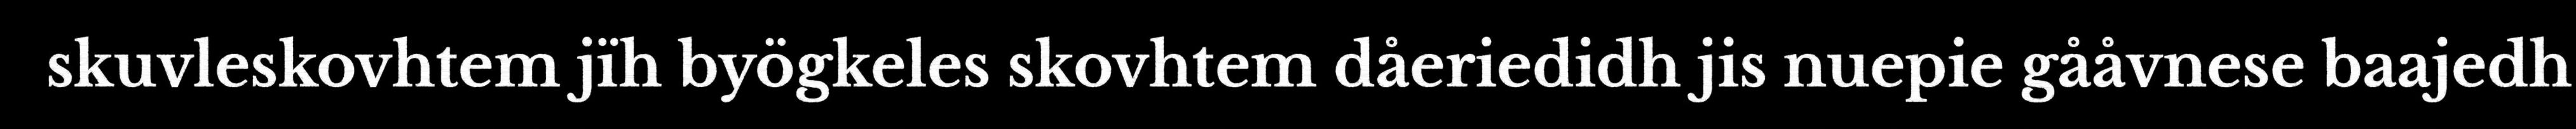
skuvleskovhtem jïh byögkeles skovhtem dåeriedidh jis nuepie gååvnese baajedh